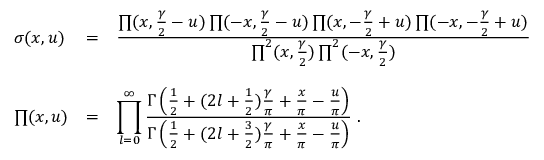
\begin{array} { l c l } { { \sigma ( x , u ) } } & { { = } } & { { \frac { \textstyle \prod ( x , \frac { \gamma } { 2 } - u ) \prod ( - x , \frac { \gamma } { 2 } - u ) \prod ( x , - \frac { \gamma } { 2 } + u ) \prod ( - x , - \frac { \gamma } { 2 } + u ) } { \textstyle \prod ^ { 2 } ( x , \frac { \gamma } { 2 } ) \prod ^ { 2 } ( - x , \frac { \gamma } { 2 } ) } } } \\ { { } } & { { } } & { { } } \\ { { \prod ( x , u ) } } & { { = } } & { { \displaystyle \prod _ { l = 0 } ^ { \infty } \frac { \textstyle \Gamma \left( \frac { 1 } { 2 } + ( 2 l + \frac { 1 } { 2 } ) \frac { \gamma } { \pi } + \frac { x } { \pi } - \frac { u } { \pi } \right) } { \textstyle \Gamma \left( \frac { 1 } { 2 } + ( 2 l + \frac { 3 } { 2 } ) \frac { \gamma } { \pi } + \frac { x } { \pi } - \frac { u } { \pi } \right) } \; . } } \end{array}